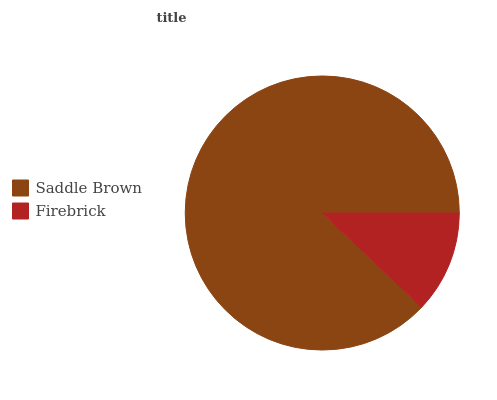
| Saddle Brown | Firebrick |
 | --- | --- |
 | 87.9% | 12.1% |